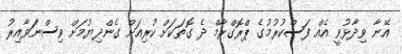
އޭނާ ވިދާޅުވީ އެއް ފަސްކުރުމުގެ ޕްރޮގްރާމް ދެ ގޮތަކަށް ކުރިއަށް ގެންދިޔުމަށް ވިސްނަވާއިރު